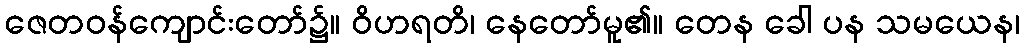
ဇေတဝန်ကျောင်းတော်၌။ ဝိဟရတိ၊ နေတော်မူ၏။ တေန ခေါ ပန သမယေန၊